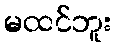
မထင်ဘူး